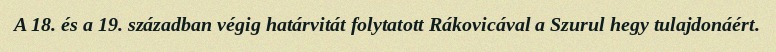
A 18. és a 19. században végig határvitát folytatott Rákovicával a Szurul hegy tulajdonáért.